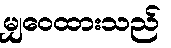
မျှဝေထားသည်